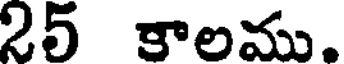
25 కాలము.